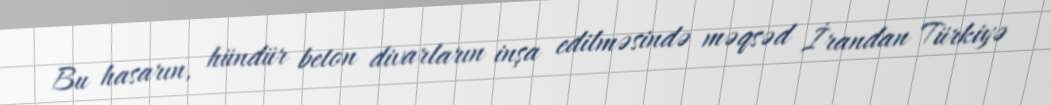
Bu hasarın, hündür beton divarların inşa edilməsində məqsəd İrandan Türkiyə